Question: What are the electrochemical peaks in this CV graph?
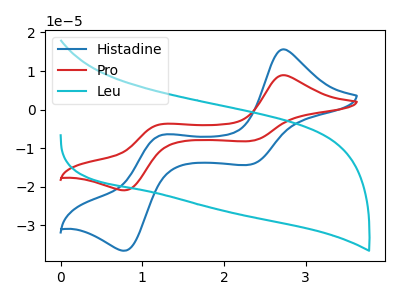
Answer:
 <answer>The blue curve "Histadine" has anodic peaks at (2.75V, 15.65uA) (1.25V, -6.65uA) and cathodic peaks at (2.30V, -14.25uA) (0.80V, -36.60uA). The red curve "Pro" has anodic peaks at (2.75V, 8.95uA) (1.25V, -3.80uA) and cathodic peaks at (2.30V, -8.15uA) (0.80V, -20.95uA). The cyan curve "Leu" has no peaks.</answer>
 <eval></eval>